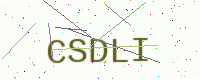
Text: CSDLI